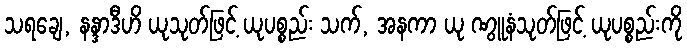
သရချေ, နန္ဒာဒီဟိ ယုသုတ်ဖြင့် ယုပစ္စည်း သက်, အနကာ ယု ဏွူနံသုတ်ဖြင့် ယုပစ္စည်းကို